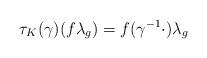
LaTeX: \begin{align*}\tau_K(\gamma)(f\lambda_g)=f(\gamma^{-1}\cdot)\lambda_g\end{align*}